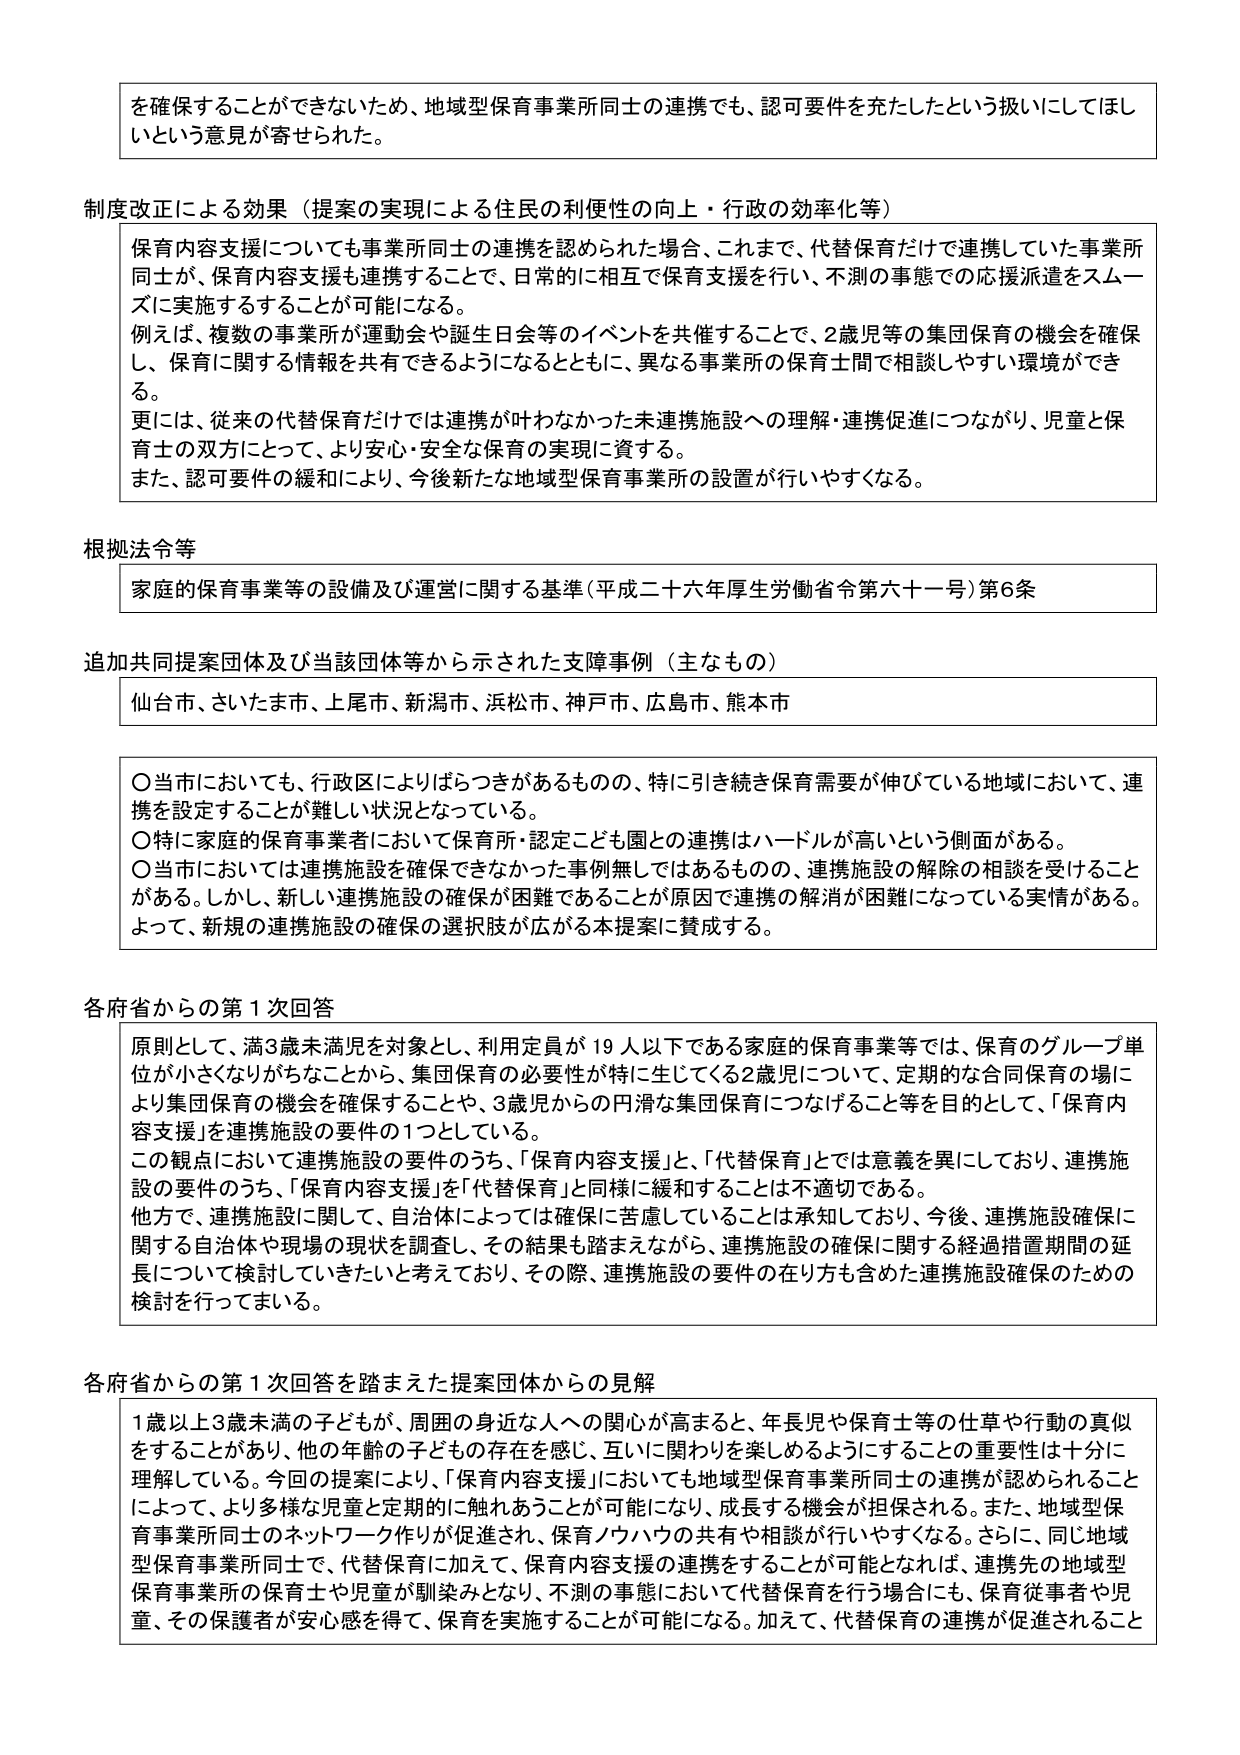
を確保することができないため、地域型保育事業所同士の連携でも、認可要件を充たしたという扱いにしてほしいという意見が寄せられた。

制度改正による効果（提案の実現による住民の利便性の向上・行政の効率化等）
保育内容支援についても事業所同士の連携を認められた場合、これまで、代替保育だけで連携していた事業所同士が、保育内容支援も連携することで、日常的に相互で保育支援を行い、不測の事態での応援派遣をスムーズに実施するすることが可能になる。
例えば、複数の事業所が運動会や誕生日会等のイベントを共催することで、2歳児等の集団保育の機会を確保し、保育に関する情報を共有できるようになるとともに、異なる事業所の保育士間で相談しやすい環境ができる。
更には、従来の代替保育だけでは連携が叶わなかった未連携施設への理解・連携促進につながり、児童と保育士の双方にとって、より安心・安全な保育の実現に資する。
また、認可要件の緩和により、今後新たな地域型保育事業所の設置が行いやすくなる。

根拠法令等
家庭の保育事業等の設備及び運営に関する基準（平成二十六年厚生労働省令第六十一号）第6条

追加共同提案団体及び当該団体等から示された支援事例（主なもの）
仙台市、さいたま市、上尾市、新潟市、浜松市、神戸市、広島市、熊本市

〇当市においても、行政区によりばらつきがあるものの、特に引き続き保育需要が伸びている地域において、連携を設定することが難しい状況となっている。
〇特に家庭の保育事業者において保育所・認定こども園との連携はハードルが高いという側面がある。
〇当市においては連携施設を確保できなかった事例無しではあるものの、連携施設の解除の相談を受けることがある。しかし、新しい連携施設の確保が困難であることが原因で連携の解消が困難になっている実情がある。
よって、新規の連携施設の確保の選択肢が広がる本提案に賛成する。

各府省からの第1次回答
原則として、満3歳未満児を対象とし、利用定員が19人以下である家庭の保育事業等では、保育のグループ単位が小さくなりがちなことから、集団保育の必要性が特に生じてくる2歳児について、定期的な合同保育の場により集団保育の機会を確保することや、3歳児からの円滑な集団保育につなげること等を目的として、「保育内容支援」を連携施設の要件の1つとしている。
この観点において連携施設の要件のうち、「保育内容支援」と、「代替保育」とでは意義を異にしており、連携施設の要件のうち、「保育内容支援」を「代替保育」と同様に緩和することは不適切である。
他方で、連携施設に関して、自治体によっては確保に苦慮していることは承知しており、今後、連携施設確保に関する自治体や現場の現状を調査し、その結果も踏まえながら、連携施設の確保に関する経過措置期間の延長について検討していきたいと考えており、その際、連携施設の要件の在り方も含めた連携施設確保のための検討を行ってまいる。

各府省からの第1次回答を踏まえた提案団体からの見解
1歳以上3歳未満の子どもが、周囲の身近な人への関心が高まると、年長児や保育士等の仕草や行動の真似をすることがあり、他の年齢の子どもとの存在を感じ、互いに関わりを楽しめようにすることの重要性は十分に理解している。今回の提案により、「保育内容支援」においても地域型保育事業所同士の連携が認められることによって、より多様な児童と定期的に触れあうことが可能になり、成長する機会が担保される。また、地域型保育事業所同士のネットワーク作りが促進され、保育ノウハウの共有や相談が行いやすくなる。さらに、同じ地域型保育事業所同士で、代替保育に加えて、保育内容支援の連携をすることが可能となれば、連携先の地域型保育事業所の保育士や児童が馴染みとなり、不測の事態において代替保育を行う場合にも、保育従事者や児童、その保護者が安心感を得て、保育を実施することが可能になる。加えて、代替保育の連携が促進されること